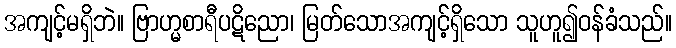
အကျင့်မရှိဘဲ။ ဗြာဟ္မစာရီပဋိညော၊ မြတ်သောအကျင့်ရှိသော သူဟူ၍ဝန်ခံသည်။